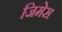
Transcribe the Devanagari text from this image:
जिमेस